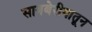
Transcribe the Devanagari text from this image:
सायबेरीयातून